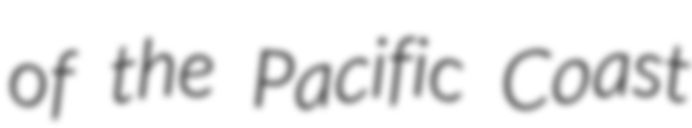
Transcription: of the Pacific Coast